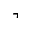
\urcorner